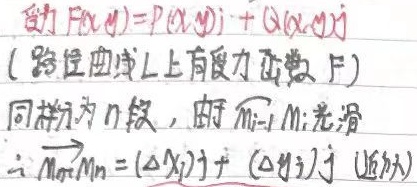
变力\(\vec{F}(x,y)=P(x,y)\vec{i} + Q(x,y)\vec{j}\)（路径曲线\(L\)上有变力函数\(\vec{F}\)）同样分为\(n\)段，由\(M_{i - 1}M_{i}\)光滑，\(\therefore \overrightarrow{M_{i - 1}M_{i}} = (\Delta x_{i})\vec{i} + (\Delta y_{i})\vec{j}\) (近似)